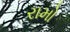
રામો